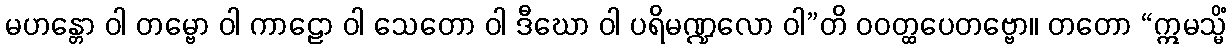
မဟန္တော ဝါ တမ္ဗော ဝါ ကာဠော ဝါ သေတော ဝါ ဒီဃော ဝါ ပရိမဏ္ဍလော ဝါ”တိ ဝဝတ္ထပေတဗ္ဗော။ တတော “ဣမသ္မိံ